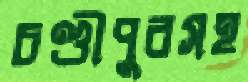
চণ্ডীপুরসহ